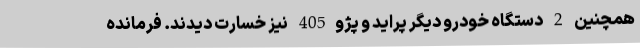
همچنین 2 دستگاه خودرو دیگر پراید و پژو405 نیز خسارت دیدند. فرمانده